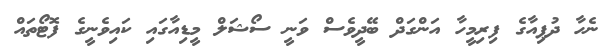
ނެހާ ދުޕިއާގެ ފިރިމީހާ އަންގަދް ބޭދީވެސް ވަނީ ސޯޝަލް މީޑިއާގައި ކައިވެނީގެ ފޮޓޯތައް